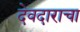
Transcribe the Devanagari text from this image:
देवदाराचा